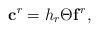
LaTeX: \begin{align*}\mathbf c^r = h_r\Theta \mathbf f^r,\end{align*}